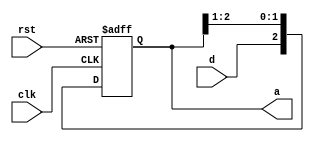
module serialin_parallelout(rst,clk,d,a);
    input rst,clk,d;
    output [2:0]a;
    reg [2:0]a;
    always @(negedge rst,posedge clk)
    if (rst==0)
    a=3'b000;
    else 
    begin
    a[2]<=d;
    a[1]<=a[2];
    a[0]<=a[1];
    end

    

endmodule